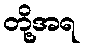
တို့အရ